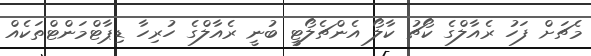
މެޗަށް ފަހު ރެއާލްގެ ކޯޗު ކާލޯ އެންޗެލޯޓީ ބުނީ ރެއާލްގެ ހުރިހާ ޑިޕާޓްމަންޓްތަކެއް